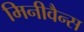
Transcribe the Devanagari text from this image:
मिनीवैन्स